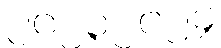
၂၀၂၃၂၀၂၄